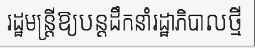
រដ្ឋមន្ត្រីឱ្យបន្តដឹកនាំរដ្ឋាភិបាលថ្មី